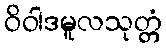
ဝိဝါဒမူလသုတ္တံ